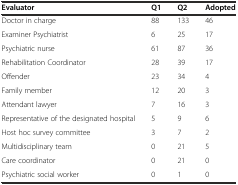
<table><thead><tr><td><b>Evaluator</b></td><td><b>Q1</b></td><td><b>Q2</b></td><td><b>Adopted</b></td></tr></thead><tbody><tr><td>Doctor in charge</td><td>88</td><td>133</td><td>46</td></tr><tr><td>Examiner Psychiatrist</td><td>6</td><td>25</td><td>17</td></tr><tr><td>Psychiatric nurse</td><td>61</td><td>87</td><td>36</td></tr><tr><td>Rehabilitation Coordinator</td><td>28</td><td>39</td><td>17</td></tr><tr><td>Offender</td><td>23</td><td>34</td><td>4</td></tr><tr><td>Family member</td><td>12</td><td>20</td><td>3</td></tr><tr><td>Attendant lawyer</td><td>7</td><td>16</td><td>3</td></tr><tr><td>Representative of the designated hospital</td><td>5</td><td>9</td><td>6</td></tr><tr><td>Host hoc survey committee</td><td>3</td><td>7</td><td>2</td></tr><tr><td>Multidisciplinary team</td><td>0</td><td>21</td><td>5</td></tr><tr><td>Care coordinator</td><td>0</td><td>21</td><td>0</td></tr><tr><td>Psychiatric social worker</td><td>0</td><td>1</td><td>0</td></tr></tbody></table>